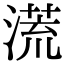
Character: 㵁